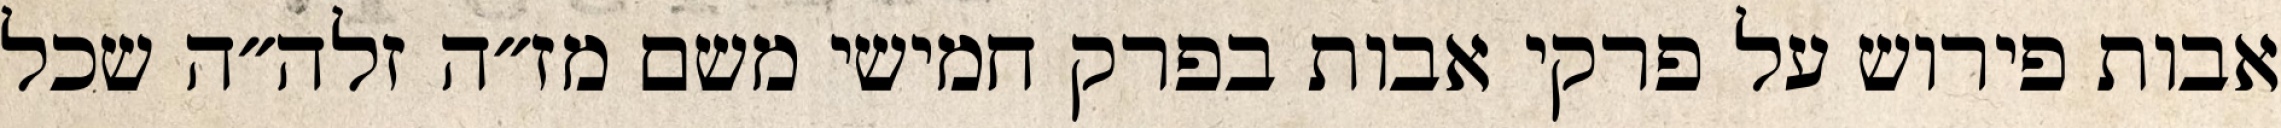
אבות פירוש על פרקי אבות בפרק חמישי משם מז״ה זלה״ה שכל